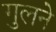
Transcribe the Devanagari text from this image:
गुलने